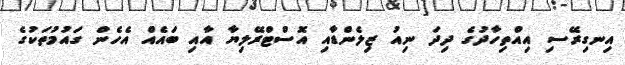
އިނގިރޭސި އިއްތިހާދުގެ ދިދަ ނިއު ޒިލެންޑާއި އޮސްޓްރޭލިޔާ އާއި ބައެއް އެހެން ގައުމުތަކުގެ